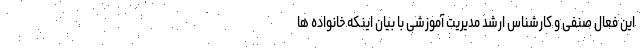
این فعال صنفی و کارشناس ارشد مدیریت آموزشی با بیان اینکه خانواده ها